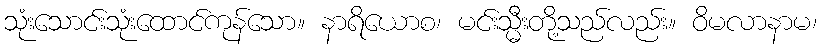
သုံးသောင်းသုံးထောင်ကုန်သော။ နာရိယောစ၊ မင်းသ္မီးတို့သည်လည်း။ ဝိမလာနာမ၊